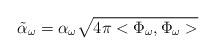
LaTeX: \begin{align*}\tilde{\alpha}_\omega = \alpha_\omega \sqrt{4\pi<\Phi_\omega,\Phi_\omega>}\end{align*}